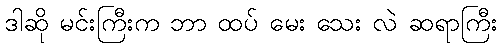
ဒါဆို မင်းကြီးက ဘာ ထပ် မေး သေး လဲ ဆရာကြီး